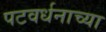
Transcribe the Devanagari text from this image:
पटवर्धनाच्या